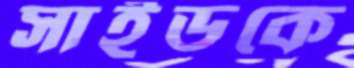
সাইডকে